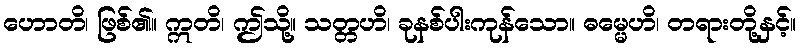
ဟောတိ၊ ဖြစ်၏။ ဣတိ၊ ဤသို့။ သတ္တဟိ၊ ခုနစ်ပါးကုန်သော။ ဓမ္မေဟိ၊ တရားတို့နှင့်။